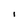
Character: 1